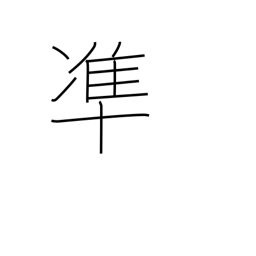
Meaning: conform